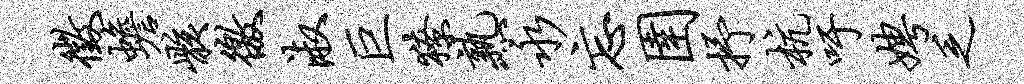
征蟾骸徼淑巨獠熟永忘圉抒杭吁娉乏